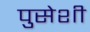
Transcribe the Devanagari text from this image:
पुसेशी